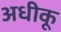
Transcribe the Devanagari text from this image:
अधीकू